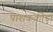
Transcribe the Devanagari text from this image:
पाशकक्रीडा